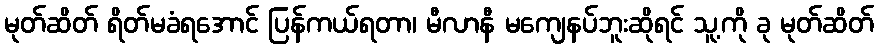
မုတ်ဆိတ် ရိတ်မခံရအောင် ပြန်ကယ်ရတာ၊ မီလာနီ မကျေနပ်ဘူးဆိုရင် သူ့ကို ခု မုတ်ဆိတ်